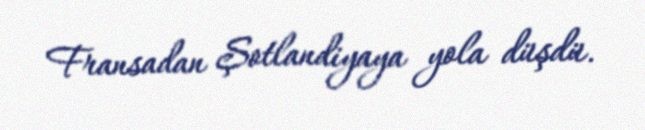
Fransadan Şotlandiyaya yola düşdü.